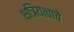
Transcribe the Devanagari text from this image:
क्षत्रियत्वाचे